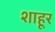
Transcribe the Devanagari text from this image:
शाहूर